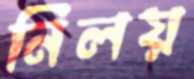
নিলয়